Rasina_vallavalitsus, lk 49
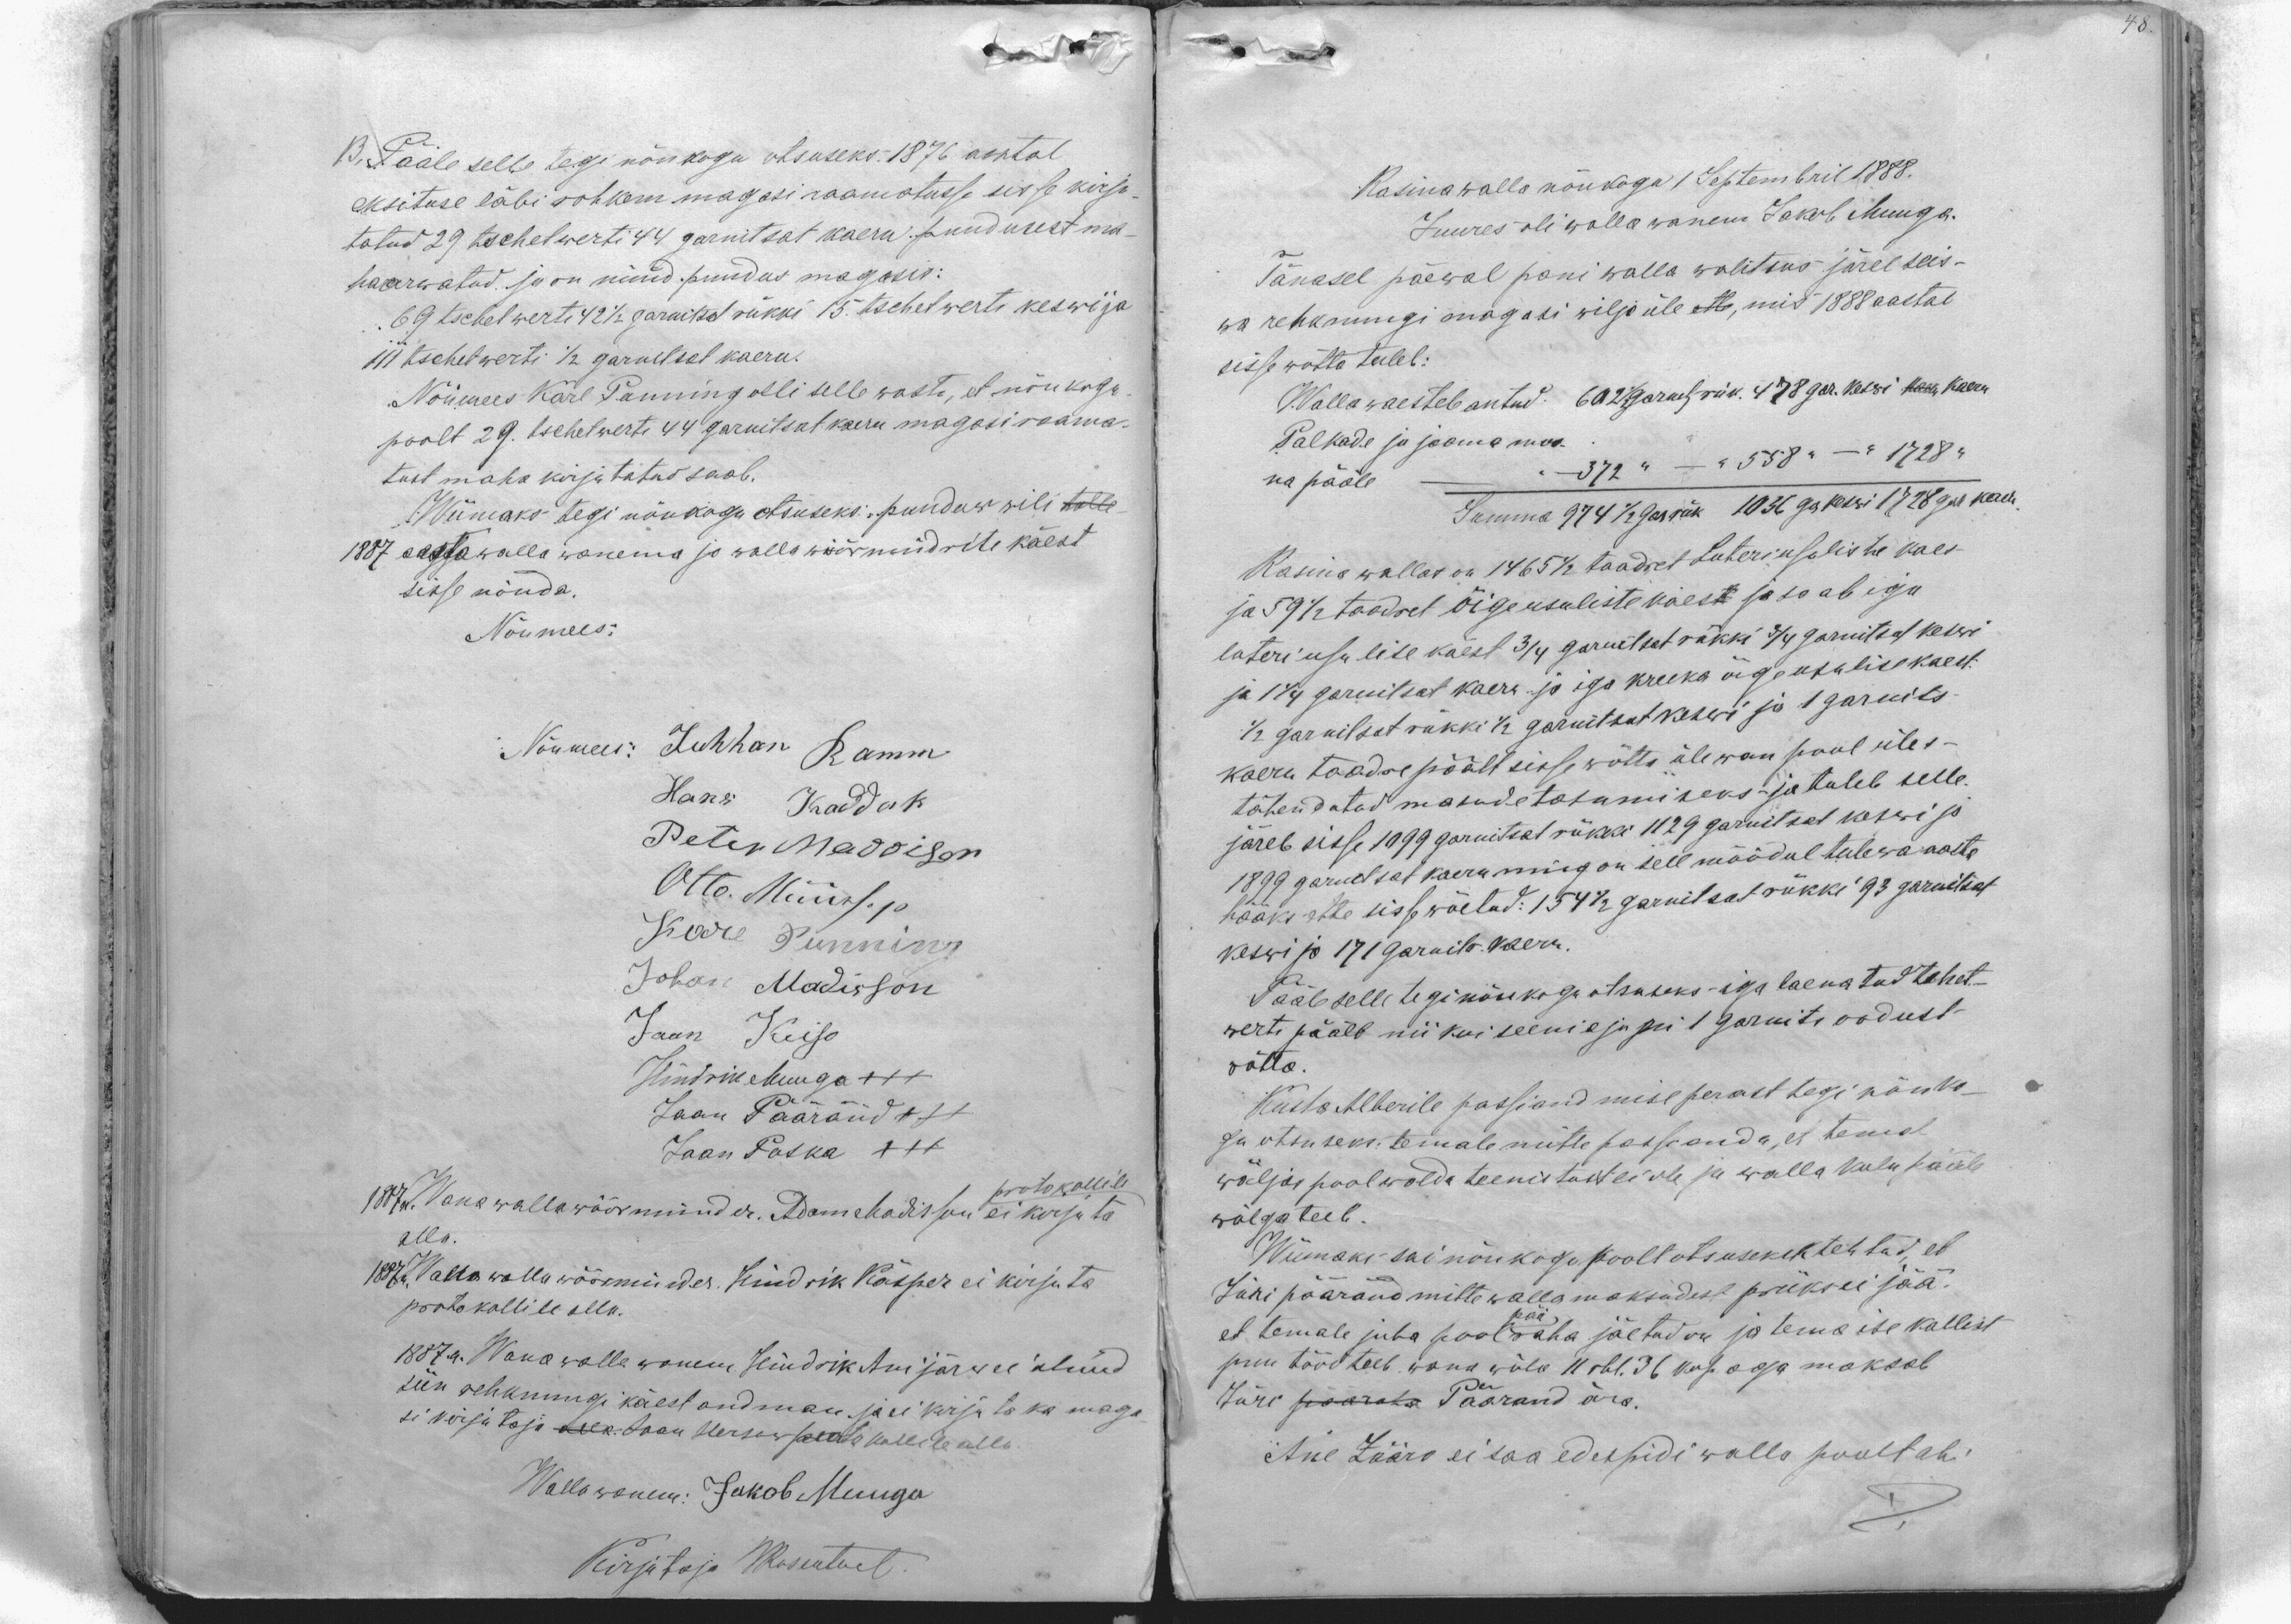
B. Pääle selle tegi nõukogu otsuseks. 1876 aastal
eksituse läbi rohkem magasi raamatusse sisse kirju-
tatud 29 tschetwerti 44 garnitsat kaeru puudusest ma-
haarwatud ja on nüüd puudus magasis:
69 tschetwerti 42 1/2 garnitsat rükki 15. tschetwerti keswi ja
111 tschetwerti 1/2 garnitsat kaeru.
Nõumees Karl Panning olli selle wasta, et nõukogu
poolt 29. tschetwerti 44 garnitsat kaeru magasi raama-
tust maha kirjutatud saab.
Wiimaks tegi nõukogu otsuseks: puuduw wili tolle
1887 aastawalla wanema ja walla wöörmündrite käest
sisse nõuda.
Nõumees:
Nõumees: Juhhan Ramm
Hans Kaddak
Peter Maddison
Otto Müürsep
Karl Punning
Johan Madisson
Jaan Keiso
Hindrik Muuga +++
Jaan Pääränd +++
Jaan Poska +++
protokollile
1887a. Wana wallawöörmünder. Adam Madisson ei kirjuta
alla.
1887a. Wana walla wöörmünder. Hindrik Käsper ei kirjuta
protokollile alla.
1887.a. Wana walla wanem Hindrik Anijärw ei olnud
siin rehknungi käest andman ja ei kirjuta ka maga
si kirjutaja allk. Jaan Herson protokollile alla
Wallawanem: Jakob Muuga
Kirjutaja WRosenthal.

Rasina walla nõukogu 1 Septembril 1888.
Juures oli wallawanem Jakob Muuga.
Tänasel päewal pani walla walitsus järel seis-
wa rehknungi magasi wilja üle ette, mis 1888 aastal
sisse wõtta tuleb:
Walla waestele antud:
Palkade ja jaama moo-
na pääle - " - 372 " - " 558 " - " 1728 "
Summa 974 1/2 gar rük 1036 gar keswi 1728 gar kaeru
Rasina wallas on 1465 1/2 taadret Luteriusuliste kaes
ja 59 1/2 taadret õigeusuliste käes ja saab iga
luteri usulise käest 3/4 garnitsat rükki 3/4 garnitsat keswi
ja 1 1/4 garnitsat kaera ja iga kreeka õigeusulise kaest:
1/2 garnitsat rükki 1/2 garnitsat keswi ja 1 garnits
kaeru taadre päält sisse wõtta ülewan pool üles-
tähendatud masude tasumiseks - ja tuleb selle
järele sisse 1099 garnitsal rükki 1129 garnitsat keswi ja
1899 garnitsat kaeru ning on sell mõõdul tulewa aasta
hääks ette sisse wõetud: 154 1/2 garnitsat rükki 93 garnitsat
keswi jo 171 garnits kaeru.
Pääle selle tegi nõukogu otsuseks iga laenatud tshet-
werti päält nii kui seeniajani 1 garnits oodust
wõtta.
Kusta Alberile passiandmise perast tegi nõuko-
gu otsuseks: temale mitte passi anda, et temal
wäljas pool walda teenistust ei ole ja walla kulu pääle
wõlga teeb.
Wiimaks sai nõukogu poolt otsuseks tehtud, et
Jüri päärand mitte walla maksudest priiks ei jää.
pää
et temale juba pool raha jäetud on ja tema ise kallist
puu tööd teeb wana wõla 11 rbl. 36 kop. aga maksab
Jüri pääraha Päärand ära.
Ane Zääro ei saa edespidi walla poolt abi